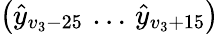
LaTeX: \left(\hat{y}_{v_{3}-25}\, \dots\, \hat{y}_{v_{3}+15}\right)